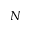
N